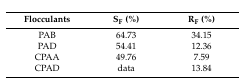
| Flocculants | SF (%) | RF (%) |
 | --- | --- | --- |
 | PAB | 64.73 | 34.15 |
 | PAD | 54.41 | 12.36 |
 | CPAA | 49.76 | 7.59 |
 | CPAD | data | 13.84 |